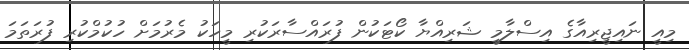
މިއީ ނައިޖީރިއާގެ އިސްލާމީ ޝަރިއްޔާ ކޯޓަކުން ފުރައްސާރަކުރި މީހަކު މެރުމަށް ހުކުމްކުރި ފުރަތަމަ